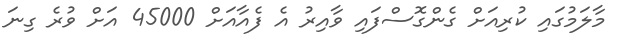
މާލަމުގައި ކުރިއަށް ގެންގޮސްފައި ވާއިރު އެ ފެއާއަށް 45000 އަށް ވުރެ ގިނަ